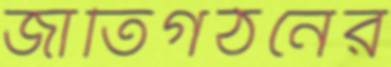
জাতিগঠনের